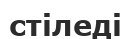
стіледі